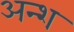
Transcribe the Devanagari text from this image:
अन्श